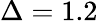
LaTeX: \Delta=1.2